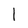
Character: 1